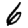
Digit: 6